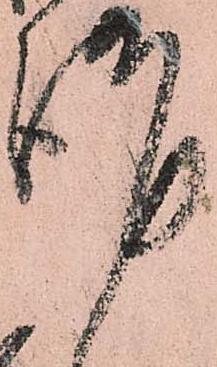
謹